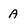
Character: a